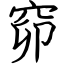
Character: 窌